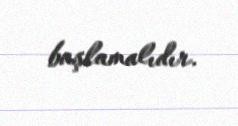
başlamalıdır.